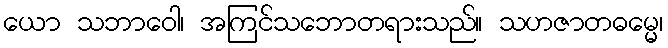
ယော သဘာဝေါ၊ အကြင်သဘောတရားသည်။ သဟဇာတဓမ္မေ၊